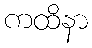
ကထိနာ